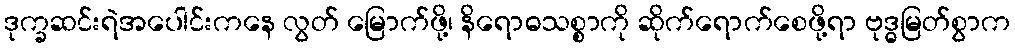
ဒုက္ခဆင်းရဲအပေါင်းကနေ လွတ် မြောက်ဖို့၊ နိရောဓသစ္စာကို ဆိုက်ရောက်စေဖို့ရာ ဗုဒ္ဓမြတ်စွာက